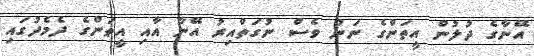
އޭނާގެ ދުލުން އީތަންގެ ނަން ވެސް ނުގަތްއިރު އޭނާ އާއި އީތަންގެ ދެމެދުގައި